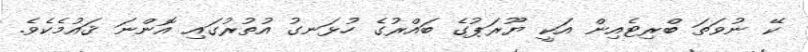
ކޭ ނުވަތަ ބްރިޓެއިން އަކީ ޔޫރަޕުގެ ބައްރުގެ ހުޅަނގު އުތުރުގައި އޮންނަ ޤައުމެކެވެ.